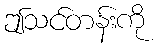
ဤသင်တန်းကို